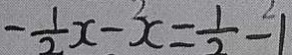
- \frac { 1 } { 2 } x - x = \frac { 1 } { 2 } - 1